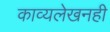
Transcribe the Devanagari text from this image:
काव्यलेखनही